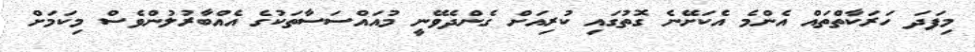
މިފަދަ ހަރަކާތްތައް އެންމެ އެކަށޭނެ ގޮތުގައި ކުރިއަށް ގެންދެވޭނީ މުއައްސަސާތަކުގެ އެއްބާރުލުންވެސް މިކަމަށް